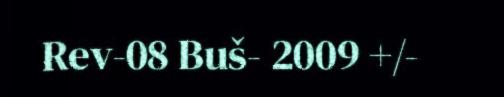
Rev-08 Buš- 2009 +/-